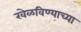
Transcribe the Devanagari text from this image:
खेळविण्याच्या